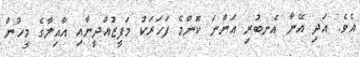
އެވެ. އަދި އޭނާ އެނބުރި އަންނަ ކޮންމެ ފަހަރަކު މަފީޒުއްދީނާއި އާއިލާގެ މީހުން